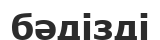
бәдізді